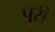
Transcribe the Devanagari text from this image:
पुूरी